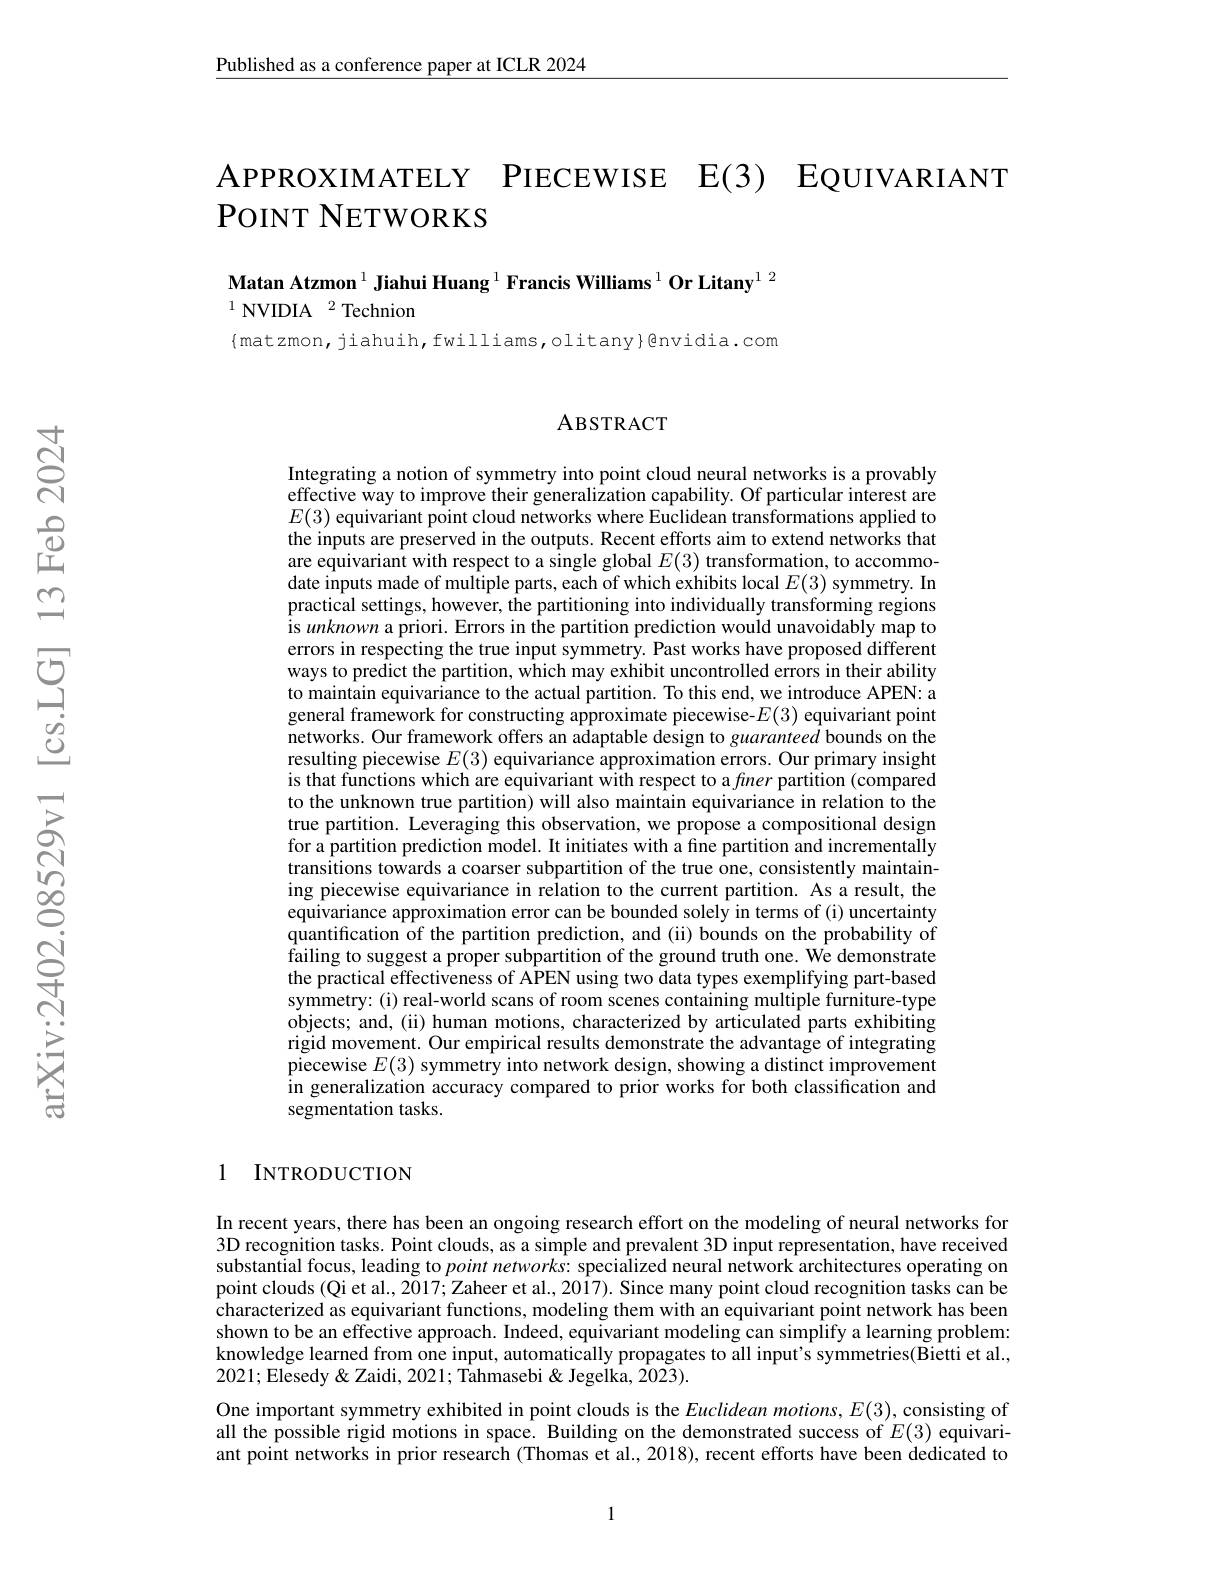
$\underline{\text{Published as a conference paper at ICLR 2024}}$

$\mathsf{A}$РРЮХIМАТЕLY РIECEWISE E(3) EQUIVARIANT
POINT NETWORKS

Matan Atzmon $^{1}$ Jiahui Huang $^{1}$ Francis Williams$^{1}\textbf{Or Litany}^{1}^{2}$
$^{1}{\mathrm{NVIDIA}}^{2}$Technion
{matzmon,jiahuih,fwilliams,olitany}@nvidia.com

ABSTRACT

Integrating a notion of symmetry into point cloud neural networks is a provably effective way to improve their generalization capability. Of particular interest are $E(3)$ equivariant point cloud networks where Euclidean transformations applied to the inputs are preserved in the outputs. Recent efforts aim to extend networks that are equivariant with respect to a single global $E(3)$ transformation, to accommo- $\hat{\text{date inputs made of multiple parts, each of which exhibits local }E(3)}$ symmetry. In practical settings, however, the partitioning into individually transforming regions is unknown a priori. Errors in the partition prediction would unavoidably map to errors in respecting the true input symmetry. Past works have proposed different ways to predict the partition, which may exhibit uncontrolled errors in their ability to maintain equivariance to the actual partition. To this end, we introduce APEN: a general framework for constructing approximate piecewise-$E(3)$ equivariant point networks. Our framework offers an adaptable design to guaranteed bounds on the resulting piecewise $E(3)$ equivariance approximation errors. Our primary insight is that functions which are equivariant with respect to a finer partition (compared to the unknown true partition) will also maintain equivariance in relation to the true partition. Leveraging this observation, we propose a compositional design for a partition prediction model. It initiates with a fine partition and incrementally transitions towards a coarser subpartition of the true one, consistently maintaining piecewise equivariance in relation to the current partition. As a result, the equivariance approximation error can be bounded solely in terms of (i) uncertainty quantification of the partition prediction, and (ii) bounds on the probability of $\hat{\text{failing to suggest a proper subpartition of the ground truth one. We demonstrate}}$ the practical effectiveness of APEN using two data types exemplifying part-based symmetry:(i) real-world scans of room scenes containing multiple furniture-type objects; and, (ii) human motions, characterized by articulated parts exhibiting rigid movement. Our empirical results demonstrate the advantage of integrating $\tilde{\text{piecewise }E(3)}$ symmetry into network design, showing a distinct improvement in generalization accuracy compared to prior works for both classification and segmentation tasks.

## 1 INTRODUCTION

In recent years, there has been an ongoing research effort on the modeling of neural networks for 3D recognition tasks. Point clouds, as a simple and prevalent 3D input representation, have received substantial focus, leading to point networks: specialized neural network architectures operating on point clouds (Qi et al., 2017; Zaheer et al., 2017). Since many point cloud recognition tasks can be characterized as equivariant functions, modeling them with an equivariant point network has been shown to be an effective approach. Indeed, equivariant modeling can simplify a learning problem: knowledge learned from one input, automatically propagates to all input's symmetries(Bietti et al., 2021; Elesedy & Zaidi, 2021; Tahmasebi & Jegelka, 2023).
One important symmetry exhibited in point clouds is the Euclidean motions, $E(3)$,consisting of all the possible rigid motions in space. Building on the demonstrated success of $E(3)$ equivariant point networks in prior research (Thomas et al., 2018), recent efforts have been dedicated to

1